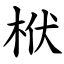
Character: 栿